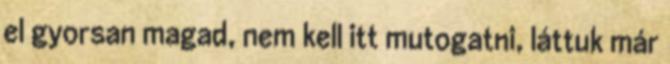
el gyorsan magad, nem kell itt mutogatni, láttuk már